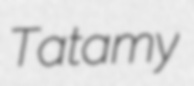
Tatamy